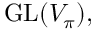
{ \mathrm { G L } } ( V _ { \pi } ) ,